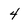
Character: 4